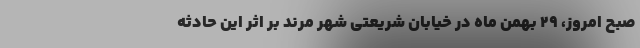
صبح امروز، ۲۹ بهمن ماه در خیابان شریعتی شهر مرند بر اثر این حادثه